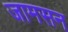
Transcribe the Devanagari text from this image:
जामसन